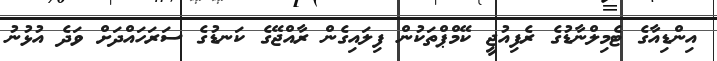
އިންޑިއާގެ ޓެމިލްނާޑުގެ ރެފިއުޖީ ކޭމްޕްތަކުން ފިލައިގެން ރާއްޖޭގެ ކަނޑުގެ ސަރަހައްދަށް ވަދެ އުޅުނު